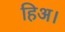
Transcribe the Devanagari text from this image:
हिअ।